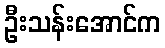
ဦးသန်းအောင်က